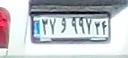
۳۷و۹۹۷۳۴